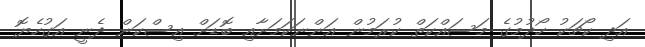
އަދި ކޯޗަކު ހޯދުމުގެ މަސައްކަތް ކުރަމުން އަންނަކަމަށާއި ބޮޑަށް އިސްކަން ދެނީ އަގުހެޔޮ